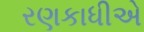
રણકાધીએ